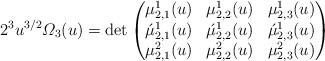
LaTeX: \begin{align*}2^{3}u^{3/2}\varOmega_3(u)=\det\begin{pmatrix}\mu^1_{2,1}(u) & \mu^1_{2,2}(u) & \mu^1_{2,3}(u) \\\acute\mu^1_{2,1}(u) & \acute\mu^1_{2,2}(u) & \acute\mu^1_{2,3}(u) \\\mu^2_{2,1}(u) & \mu^2_{2,2}(u) & \mu^2_{2,3}(u) \\\end{pmatrix}\end{align*}